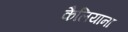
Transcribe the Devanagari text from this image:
कैलियाना